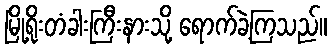
မြို့ရိုးတံခါးကြီးနားသို့ ရောက်ခဲ့ကြသည်။